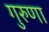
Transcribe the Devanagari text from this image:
गुरुणा